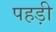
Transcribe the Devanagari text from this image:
पहड़ी